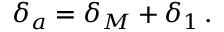
\delta _ { a } = \delta _ { M } + \delta _ { 1 } \, .